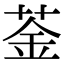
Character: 菳